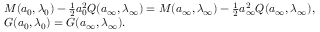
\begin{array} { r l } & { M ( { a } _ { 0 } , \lambda _ { 0 } ) - \frac { 1 } { 2 } { a } _ { 0 } ^ { 2 } Q ( { a } _ { \infty } , \lambda _ { \infty } ) = M ( { a } _ { \infty } , \lambda _ { \infty } ) - \frac { 1 } { 2 } { a } _ { \infty } ^ { 2 } Q ( { a } _ { \infty } , \lambda _ { \infty } ) , } \\ & { G ( { a } _ { 0 } , \lambda _ { 0 } ) = G ( { a } _ { \infty } , \lambda _ { \infty } ) . } \end{array}